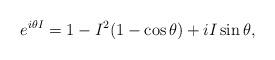
\begin{align*}e^{i \theta I} = 1 - I^2 (1-\cos \theta) + i I \sin \theta,\end{align*}